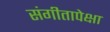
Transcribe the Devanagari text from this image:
संगीतापेक्षा